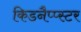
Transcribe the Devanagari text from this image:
किडनैप्प्स्टर